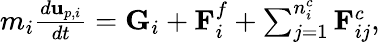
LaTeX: \begin{array}{r}{m_{i}\frac{d\mathbf{u}_{p,i}}{dt}=\mathbf{G}_{i}+\mathbf{F}_{i}^{f}+\sum_{j=1}^{n_{i}^{c}}\mathbf{F}_{ij}^{c},}\end{array}